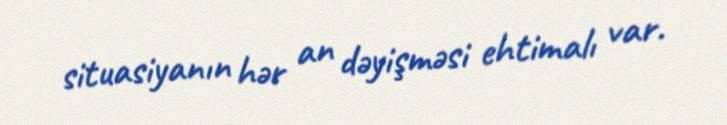
situasiyanın hər an dəyişməsi ehtimalı var.